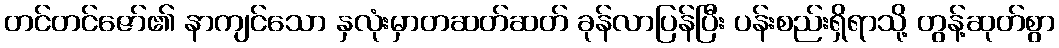
တင်တင်ဇော်၏ နာကျင်သော နှလုံးမှာတဆတ်ဆတ် ခုန်လာပြန်ပြီး ပန်းစည်းရှိရာသို့ တွန့်ဆုတ်စွာ